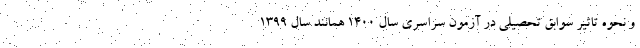
و نحوه تاثیر سوابق تحصیلی در آزمون سراسری سال ۱۴۰۰ همانند سال ۱۳۹۹